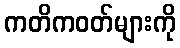
ကတိကဝတ်များကို